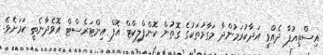
އިސްތިއުފާ ދެއްވީ އަދާކުރަމުންދާ މަގާމުތަކުގެ ގޮތުން ކޮންފްލިކްޓް އޮފް އިންޓަރެސްޓް އޮވެދާނެތީ ކަމަށެވެ.